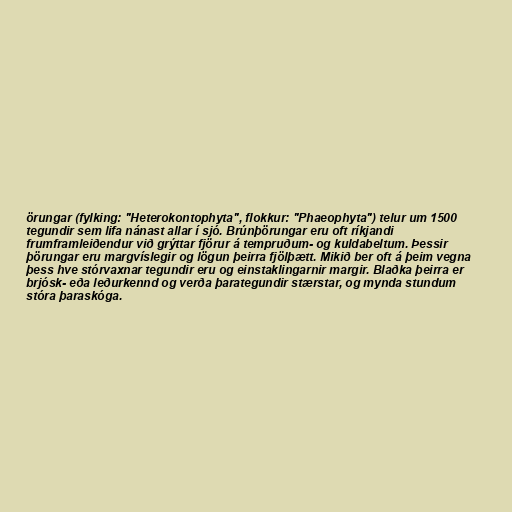
örungar (fylking: "Heterokontophyta", flokkur: "Phaeophyta") telur um 1500
tegundir sem lifa nánast allar í sjó. Brúnþörungar eru oft ríkjandi
frumframleiðendur við grýttar fjörur á tempruðum- og kuldabeltum. Þessir
þörungar eru margvíslegir og lögun þeirra fjölþætt. Mikið ber oft á þeim vegna
þess hve stórvaxnar tegundir eru og einstaklingarnir margir. Blaðka þeirra er
brjósk- eða leðurkennd og verða þarategundir stærstar, og mynda stundum
stóra þaraskóga.